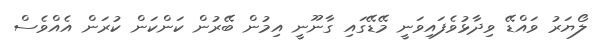
ލޯޔަރު ވައްޑޭ ވިދާޅުވެފައިވަނީ މޭޑޭގައި ގާނޫނީ އިމުން ބޭރުން ކަންކަން ކުރަން އެއްވެސް